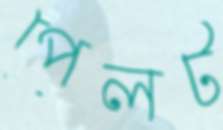
পেলট